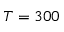
T = 3 0 0